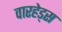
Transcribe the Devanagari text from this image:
वारहेड्स